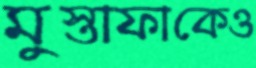
মুস্তাফাকেও